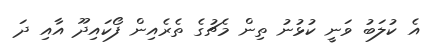
އެ ކުލަބު ވަނީ ކުޅުނު ތިން މެޗުގެ ތެރެއިން ފޯކައިދޫ އާއި ދަ